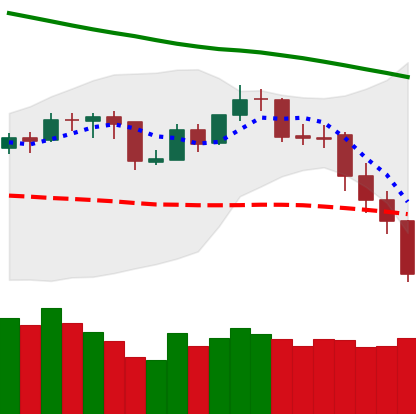
Ticker: BNB-USD
Chart end date: 2019-11-21
Forward return: -7.797%
Label: down_7plus